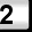
Digit: 2